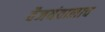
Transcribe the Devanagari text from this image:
वैजयंतालाच